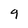
Character: 9